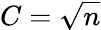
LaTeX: C={\sqrt{n}}